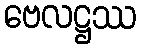
ဗေလဋ္ဌဿ